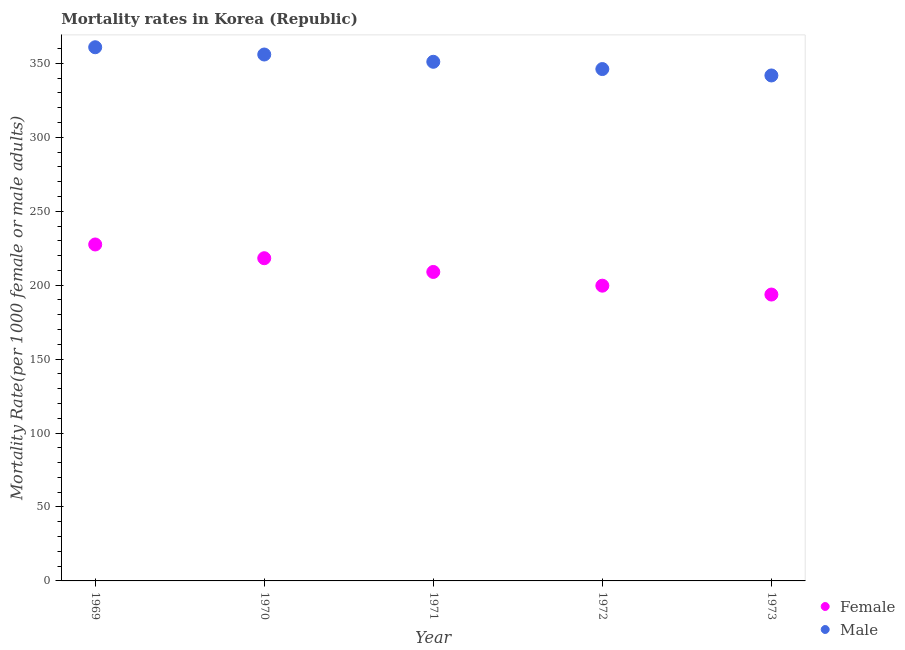
| Year | Female | Male |
 | --- | --- | --- |
 | 1969 | 228 | 361 |
 | 1970 | 218 | 356 |
 | 1971 | 209 | 351 |
 | 1972 | 200 | 346 |
 | 1973 | 194 | 342 |